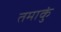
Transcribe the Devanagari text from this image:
तमाकुं